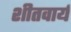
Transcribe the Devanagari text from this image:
शीतवार्य